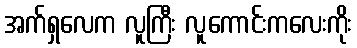
အက်ရှလေက လူကြီး လူကောင်းကလေးကိုး